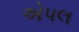
એપલ